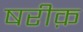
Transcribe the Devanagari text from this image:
षरीक़